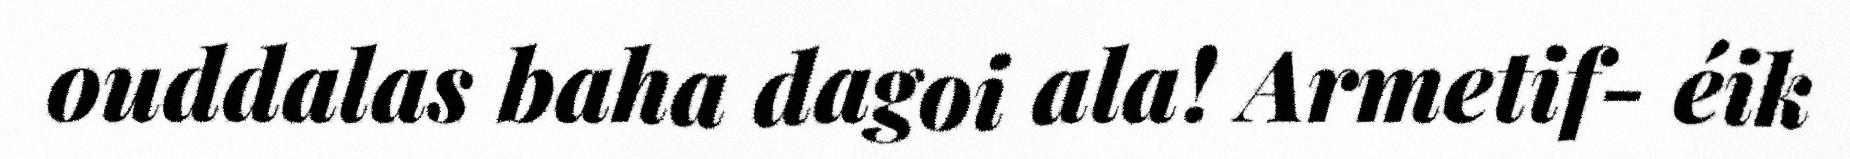
ouddalas baha dagoi ala! Armetif- éik